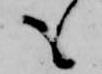
も